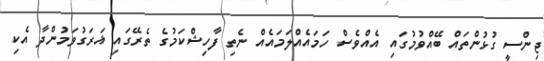
ޖިންސީ ގުޅުންތައް ބޭއްވުމުގައި އެއްވެސް ހަމައެއްލަމައެއް ނެތި ފާހިޝްކަމުގެ ތެރޭގައި ޣަރަގުވަމުންދާ އެކި